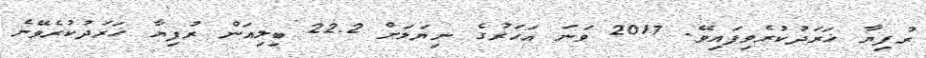
ރުފިޔާ ޚަރަދުކުރެވިފައިވޭ. 2017 ވަނަ އަހަރުގެ ނިޔަލަށް 22.2 ބިލިއަން ރުފިޔާ ޚަރަދުކުރެވޭނެ